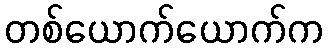
တစ်ယောက်ယောက်က